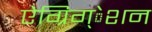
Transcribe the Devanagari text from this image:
ऐग्रिग्‌ेशन